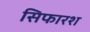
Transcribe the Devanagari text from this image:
सिफारश